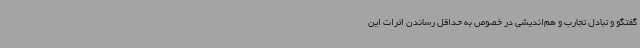
گفتگو و تبادل تجارب و هم‌اندیشی در خصوص به حداقل رساندن اثرات این